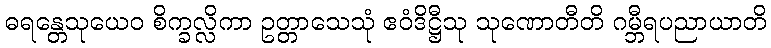
ဓရန္တေသုယေဝ စိက္ခလ္လိကာ ဥတ္တာသေသုံ ဧဝံဒိဋ္ဌီသု သုဏောတီတိ ဂမ္ဘီရပညာယာတိ